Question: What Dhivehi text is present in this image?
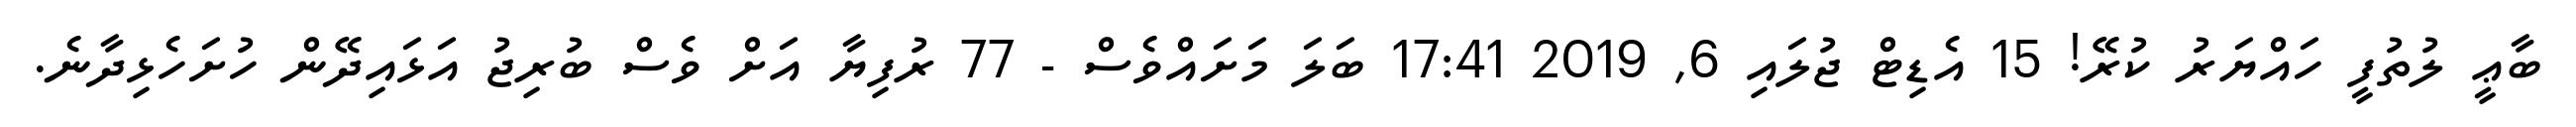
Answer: ބާޢީ ލުތުފީ ހައްޔަރު ކުރޭ! 15 އެޑިޓް ޖުލައި 6, 2019 17:41 ބަލަ މަށައްވެސް - 77 ރުފިޔާ އަށް ވެސް ބުރިޖު އަޅައިދޭން ހުށަހެޅިދާނެ.